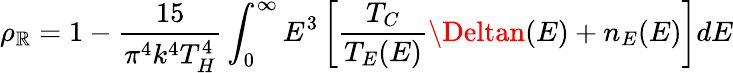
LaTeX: \rho_{\mathbb{R}}=1-\frac{{15}}{{\pi^{4}k^{4}T_{H}^{4}}}\int_{0}^{\infty}E^{3}\left[\frac{{T_{C}}}{{T_{E}(E)}}\Deltan(E)+n_{E}(E)\right]dE